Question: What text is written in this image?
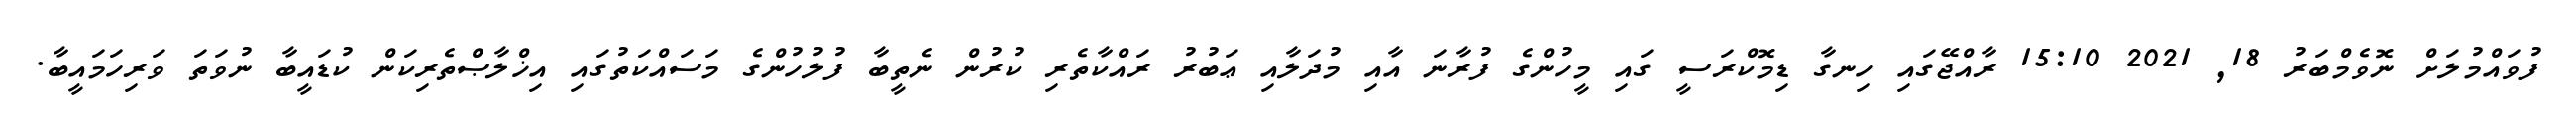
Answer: ފުވައްމުލަށް ނޮވެމްބަރު 18, 2021 15:10 ރާއްޖޭގައި ހިނގާ ޑިމޮކްރަސީ ގައި މީހުންގެ ފުރާނަ އާއި މުދަލާއި ޢަބުރު ރައްކާތެރި ކުރުން ނެތީބާ ފުލުހުންގެ މަސައްކަތުގައި އިޚްލާޞްތެރިކަން ކުޑައީބާ ނުވަތަ ވަރިހަމައީބާ.